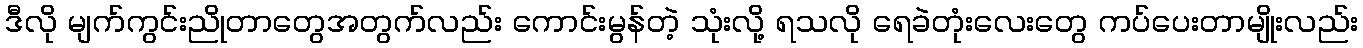
ဒီလို မျက်ကွင်းညိုတာတွေအတွက်လည်း ကောင်းမွန်တဲ့ သုံးလို့ ရသလို ရေခဲတုံးလေးတွေ ကပ်ပေးတာမျိုးလည်း